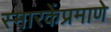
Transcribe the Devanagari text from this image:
स्मारकेंप्रमाणे